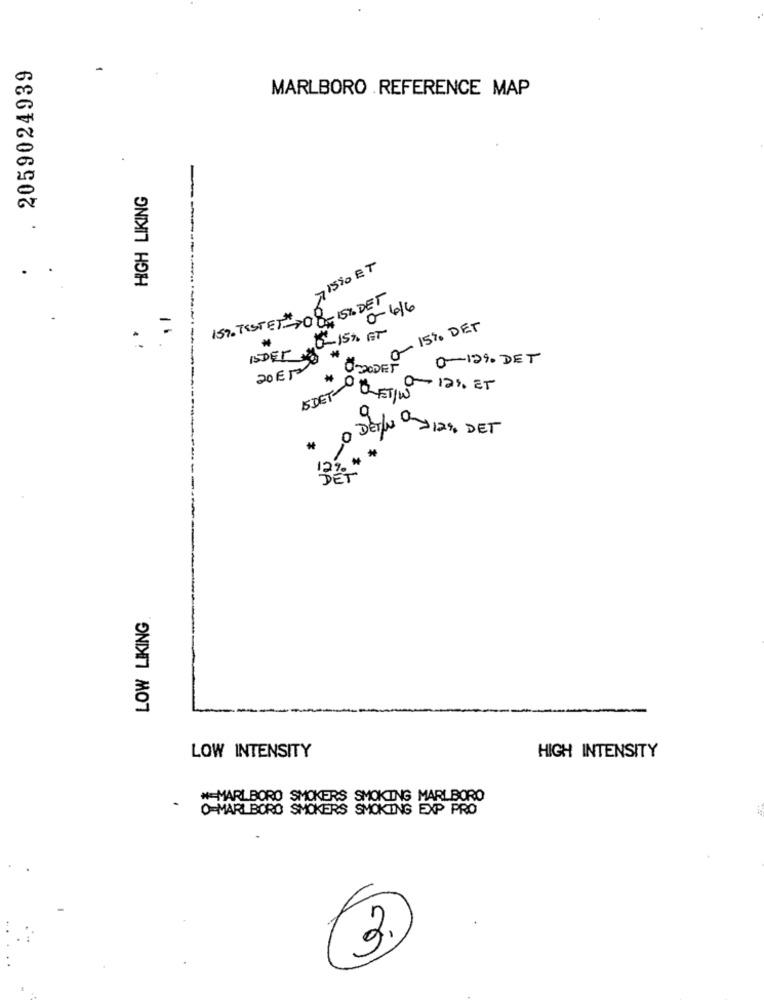
2059024939
MARLBORO REFERENCE MAP
HIGH LIKING
.
.
MISTO ET
15%. TESTET ->08-15% DET
0-6/6
0-15% GT
2 0 15% DET
ISDET
20 EM
0- 12% DET
DET
RETI10-12%, ET
9
O Derlu Oy12%. DET
**
LOW LIKING
LOW INTENSITY
HIGH INTENSITY
#=MARLBORO SMOKERS SMOKING MARLBORO
O=MARLBORO SMOKERS SMOKING EXP PRO